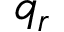
q _ { r }